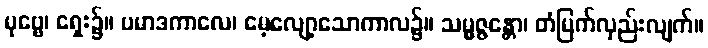
ပုဗ္ဗေ၊ ရှေး၌။ ပမာဒကာလေ၊ မေ့လျော့သောကာလ၌။ သမ္မဇ္ဇန္တော၊ တံမြက်လှည်းလျက်။